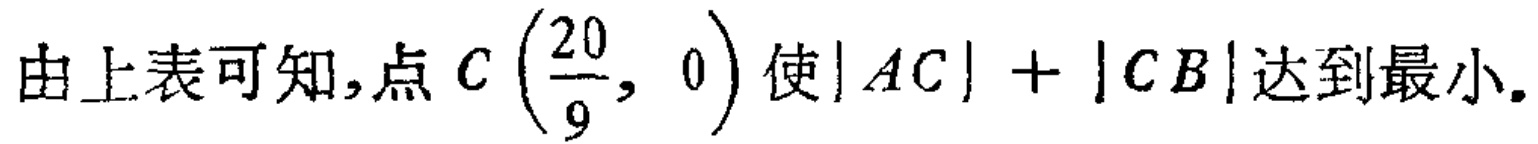
由上表可知,点 \(C\left(\frac{20}{9}, 0\right)\) 使\(\vert AC\vert+\vert CB\vert\)达到最小.